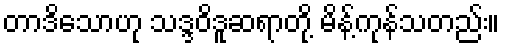
တာဒိသောဟု သဒ္ဒဝိဒူဆရာတို့ မိန့်ကုန်သတည်း။